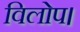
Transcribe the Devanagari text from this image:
विलोप।